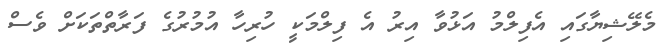
މެލޭޝިޔާގައި އެފިލްމު އަޅުވާ އިރު އެ ފިލްމަކީ ހުރިހާ އުމުރުގެ ފަރާތްތަކަށް ވެސް